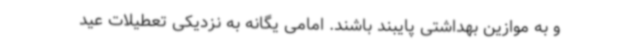
و به موازین بهداشتی پایبند باشند. امامی یگانه به نزدیکی تعطیلات عید